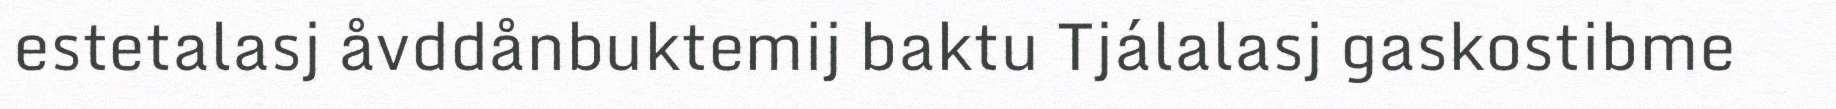
estetalasj åvddånbuktemij baktu Tjálalasj gaskostibme